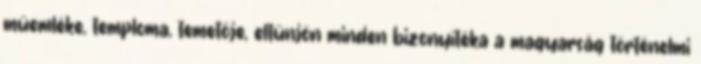
műemléke, temploma, temetője, eltűnjön minden bizonyítéka a magyarság történelmi